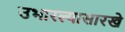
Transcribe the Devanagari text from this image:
उभारल्यासारखे